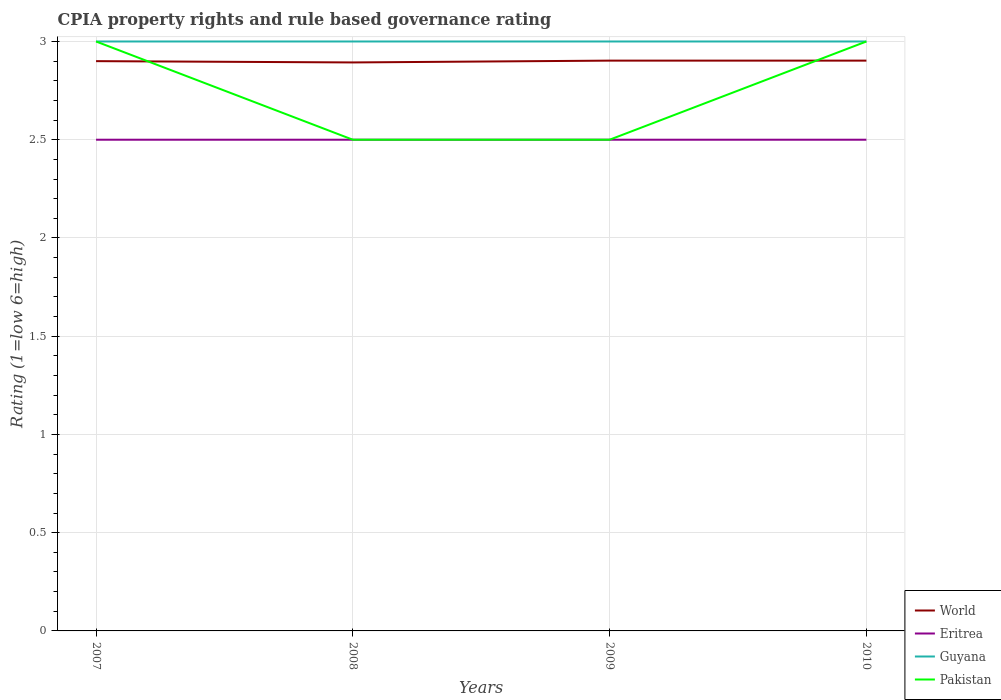
| Years | World | Eritrea | Guyana | Pakistan |
 | --- | --- | --- | --- | --- |
 | 2007 | 2.9 | 2.5 | 3 | 3 |
 | 2008 | 2.89 | 2.5 | 3 | 2.5 |
 | 2009 | 2.9 | 2.5 | 3 | 2.5 |
 | 2010 | 2.9 | 2.5 | 3 | 3 |